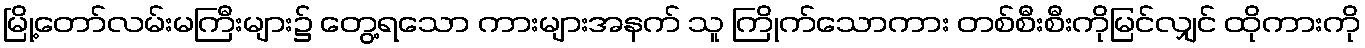
မြို့တော်လမ်းမကြီးများ၌ တွေ့ရသော ကားများအနက် သူ ကြိုက်သောကား တစ်စီးစီးကိုမြင်လျှင် ထိုကားကို